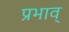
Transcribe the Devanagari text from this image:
प्रभाव्